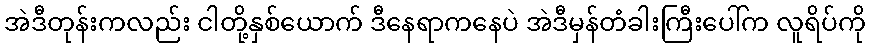
အဲဒီတုန်းကလည်း ငါတို့နှစ်ယောက် ဒီနေရာကနေပဲ အဲဒီမှန်တံခါးကြီးပေါ်က လူရိပ်ကို